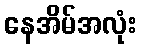
နေအိမ်အလုံး